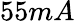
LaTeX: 55mA